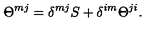
\Theta ^ { m j } = \delta ^ { m j } S + \delta ^ { i m } \Theta ^ { j i } .